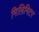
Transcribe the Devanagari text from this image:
मिलिमिटर